Annual report of the Central Committee of the Association together with the report of the directors of the Pasteur Institute at Kasauli
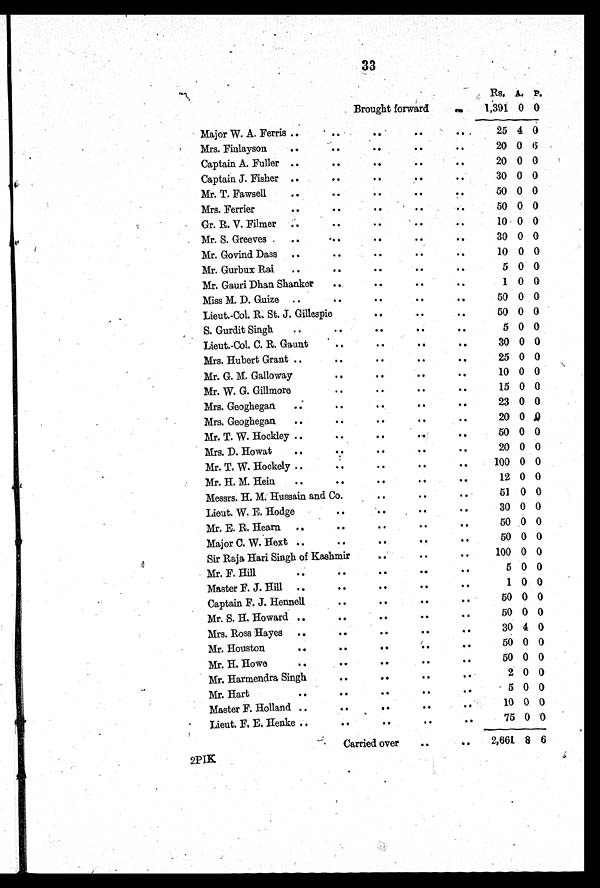
33
Brought forward
Rs. A. P.
1,391 0 0
Major W. A. Ferris
25 4 0
Mrs. Finlayson
20 0 6
Captain A. Fuller
20 0 0
Captain J. Fisher
30 0 0
Mr. T. Fawsell
50 0 0
Mrs. Ferrier
50 0 0
Gr. R. V. Filmer
10 0 0
Mr. S. Greeves
30 0 0
Mr. Govind Dass
10 0 0
Mr. Gurbux Rai
5 0 0
Mr. Gauri Dhan Shanker
1 0 0
Miss M. D. Guize
50 0 0
Lieut.-Col. R. St. J. Gillespie
50 0 0
S. Gurdit Singh
5 0 0
Lieut.-Col. C. R. Gaunt
30 0 0
Mrs. Hubert Grant
25 0 0
Mr. G. M. Galloway
10 0 0
Mr. W. G. Gillmore
15 0 0
Mrs. Geoghegan
23 0 0
Mrs. Geoghegan
20 0 0
Mr. T. W. Hockley
50 0 0
Mrs. D. Howat
20 0 0
Mr. T. W. Hockely
100 0 0
Mr. H. M. Hein
12 0 0
Messrs. H. M. Hussain and Co.
51 0 0
Lieut. W. E. Hodge
30 0 0
Mr. E. R. Hearn
50 0 0
Major C. W. Hext
50 0 0
Sir Raja Hari Singh of Kashmir
100 0 0
Mr. F. Hill
5 0 0
Master F. J. Hill
1 0 0
Captain F. J. Hennell
50 0 0
Mr. S. H. Howard
50 0 0
Mrs. Ross Hayes
30 4 0
Mr. Houston
50 0 0
Mr. H. Howe
50 0 0
Mr. Harmendra Singh
2 0 0
Mr. Hart
5 0 0
Master F. Holland
10 0 0
Lieut. F. E. Henke
75 0 0
Carried over
2,661 8 6
2PIK